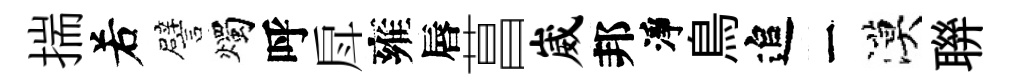
揣𠰥譬燭呼戽雍唇菖崴邦淨鳥追一漠聨